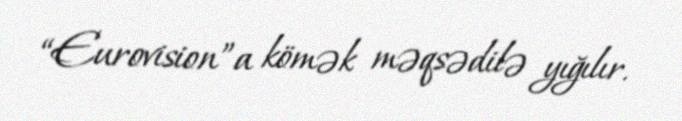
“Eurovision”a kömək məqsədilə yığılır.